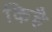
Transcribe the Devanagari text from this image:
किहै